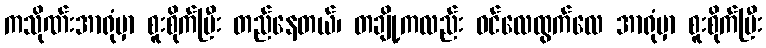
ကသိုဏ်းအာရုံမှာ စူးစိုက်ပြီး တည်နေတယ်၊ တချို့ကလည်း ဝင်လေထွက်လေ အာရုံမှာ စူးစိုက်ပြီး